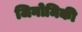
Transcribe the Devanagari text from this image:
जिनोमिकी